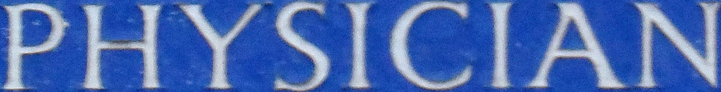
PHYSICIAN